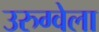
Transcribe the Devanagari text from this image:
उरुग्वेला